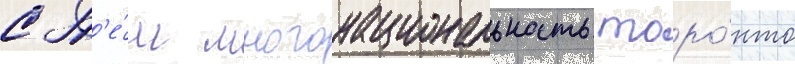
с т'е́м многонациональность торо́нто